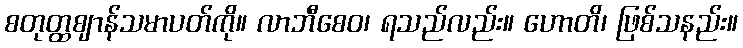
စတုတ္ထဈာန်သမာပတ်ကို။ လာဘီစေဝ၊ ရသည်လည်း။ ဟောတိ၊ ဖြစ်သနည်း။